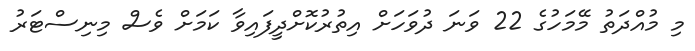
މި މުއްދަތު މޭމަހުގެ 22 ވަނަ ދުވަހަށް އިތުރުކޮށްދީފައިވާ ކަމަށް ވެސް މިނިސްޓަރު